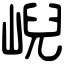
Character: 𡸣